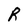
Character: R